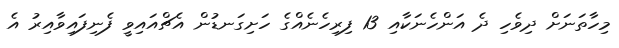
މިހާތަނަށް ދިވެހި ދެ އަންހެނަކާއި 13 ފިރިހެނެއްގެ ހަށިގަނޑުން އެޗްއައިވީ ފެނިފައިވާއިރު އެ